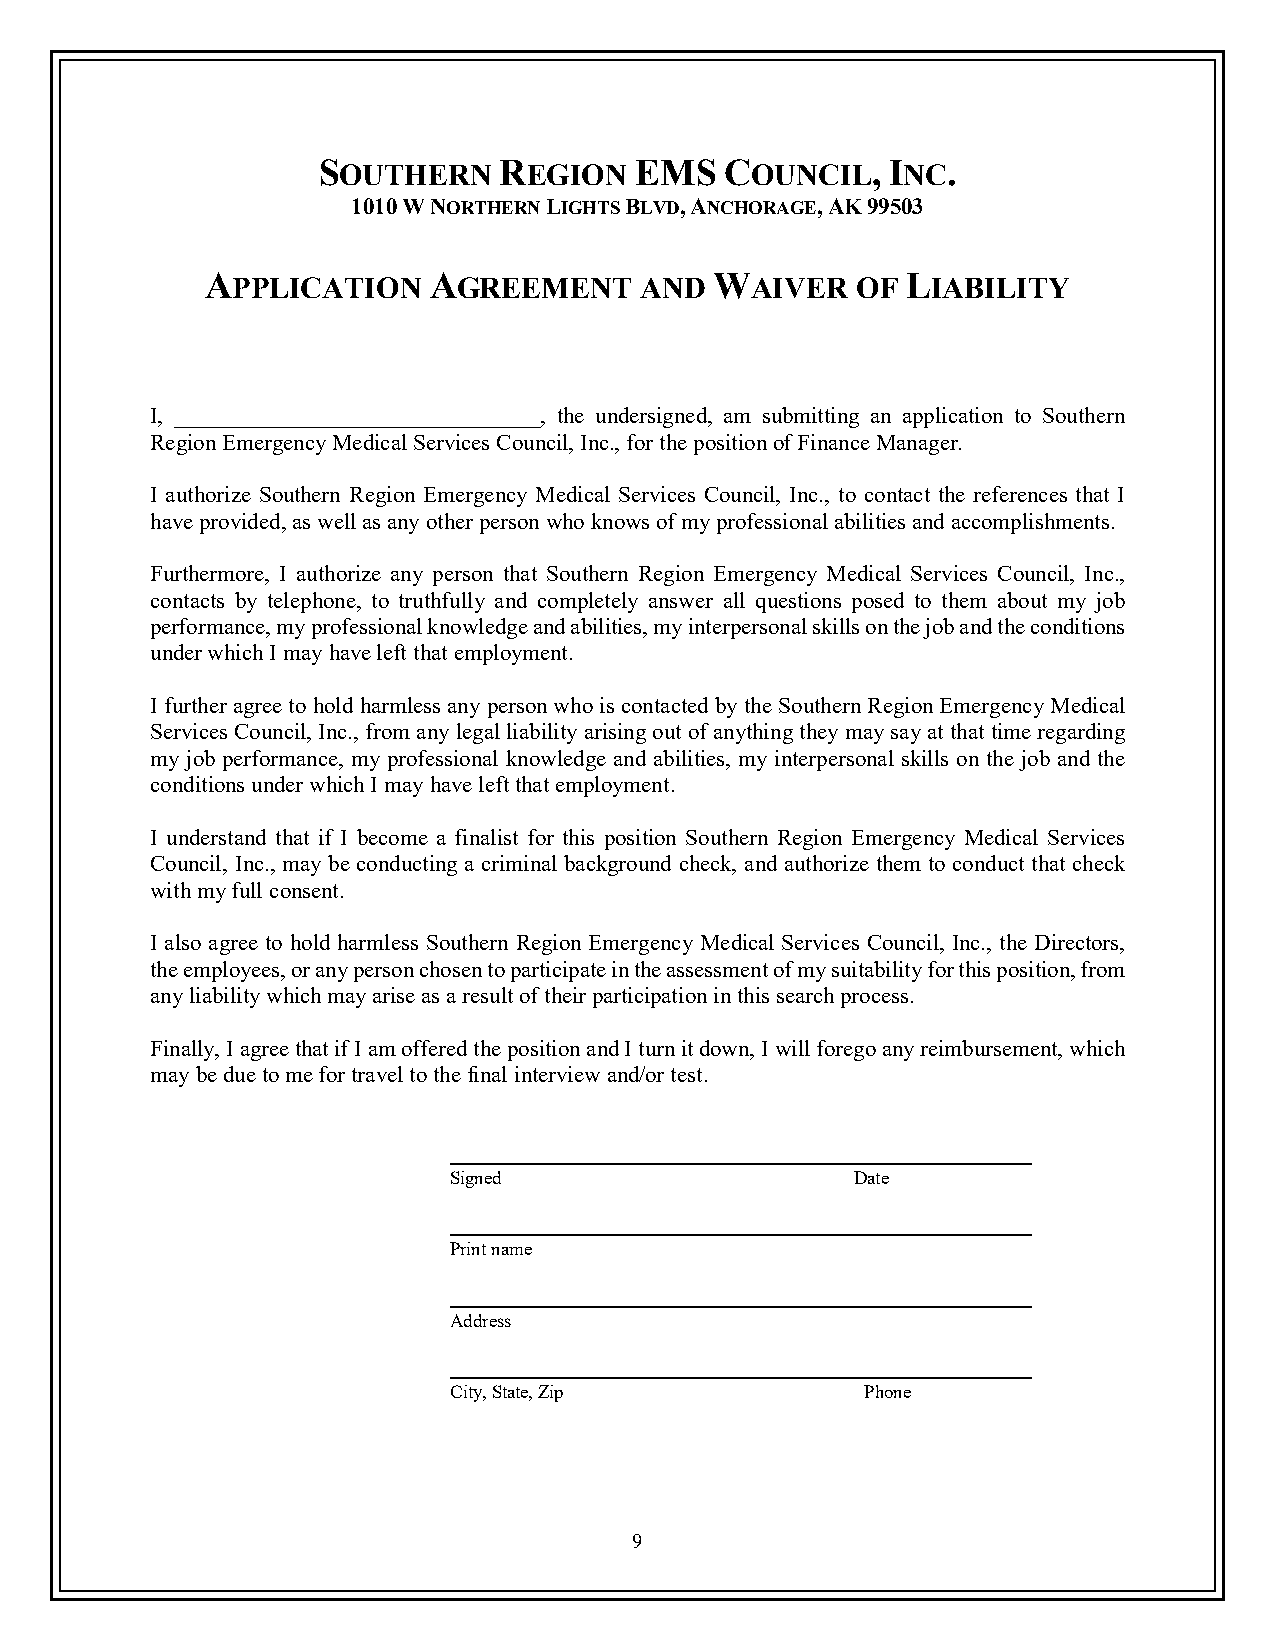
SOUTHERN    REGION   EMS   COUNCIL,   INC.
 1010 W NORTHERN LIGHTS BLVD, ANCHORAGE, AK 99503
 APPLICATION   AGREEMENT     AND  WAIVER    OF LIABILITY
 I, ________________________________, the undersigned, am submitting an application to Southern
 Region Emergency Medical Services Council, Inc., for the position of Finance Manager.
 I authorize Southern Region Emergency Medical Services Council, Inc., to contact the references that I
 have provided, as well as any other person who knows of my professional abilities and accomplishments.
 Furthermore, I authorize any person that Southern Region Emergency Medical Services Council, Inc.,
 contacts by telephone, to truthfully and completely answer all questions posed to them about my job
 performance, my professional knowledge and abilities, my interpersonal skills on the job and the conditions
 under which I may have left that employment.
 I further agree to hold harmless any person who is contacted by the Southern Region Emergency Medical
 Services Council, Inc., from any legal liability arising out of anything they may say at that time regarding
 my job performance, my professional knowledge and abilities, my interpersonal skills on the job and the
 conditions under which I may have left that employment.
 I understand that if I become a finalist for this position Southern Region Emergency Medical Services
 Council, Inc., may be conducting a criminal background check, and authorize them to conduct that check
 with my full consent.
 I also agree to hold harmless Southern Region Emergency Medical Services Council, Inc., the Directors,
 the employees, or any person chosen to participate in the assessment of my suitability for this position, from
 any liability which may arise as a result of their participation in this search process.
 Finally, I agree that if I am offered the position and I turn it down, I will forego any reimbursement, which
 may be due to me for travel to the final interview and/or test.
 Signed                     Date
 Print name
 Address
 City, State, Zip           Phone
 9